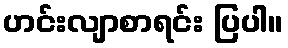
ဟင်းလျာစာရင်း ပြပါ။